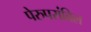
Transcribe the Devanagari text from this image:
पेरुपरांबिल